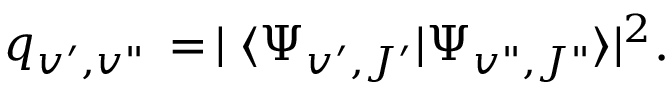
\begin{array} { r } { q _ { v ^ { \prime } , v " } \, = \, \mid \langle \Psi _ { v ^ { \prime } , J ^ { \prime } } | \Psi _ { v " , J " } \rangle | ^ { 2 } . } \end{array}